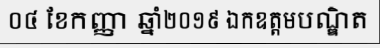
០៤ ខែកញ្ញា ឆ្នាំ២០១៩ ឯកឧត្តមបណ្ឌិត